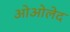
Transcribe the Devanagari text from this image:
ओओलेद